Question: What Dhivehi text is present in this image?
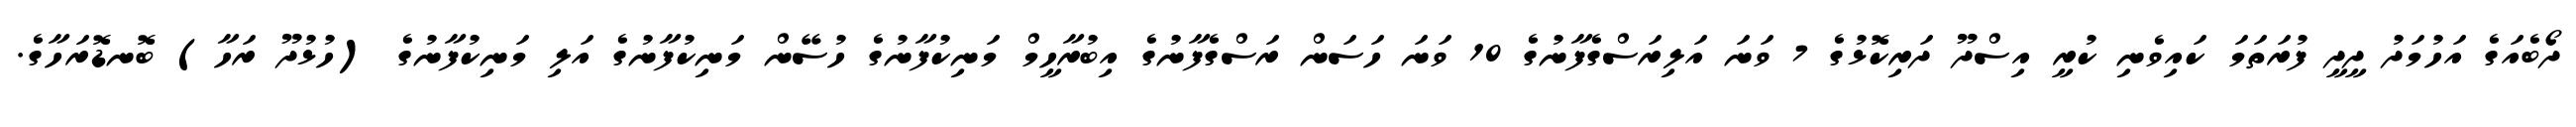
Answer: ދޯބެއަގެ އަހުމަދު ދީދީ ފުރަތަމަ ކައިވެނި ކުރީ އިސްދޫ ދަރިކޮޅުގެ 7 ވަނަ އަލިރަސްގެފާނުގެ 10 ވަނަ ހަސަން ރަސްގެފާނުގެ އިބުރާހީމް މަނިކުފާނުގެ ހުސޭން މަނިކުފާނުގެ އަލި މަނިކުފާނުގެ (ހުޅުދޫ ރަހާ) ބޮނޑޮރަހާގެ.